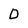
Character: D